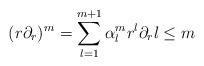
LaTeX: \begin{align*}(r\partial_r)^m=\sum_{l=1}^{m+1}\alpha_l^mr^l\partial_rl\leq m\end{align*}